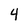
Character: 4